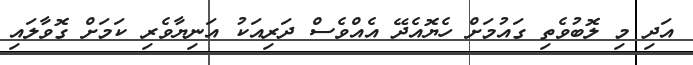
އަދި މި ލޮބުވެތި ގައުމަށް ހެޔޮއެދޭ އެއްވެސް ދަރިއަކު އަނިޔާވެރި ކަމަށް ގޮވާލައި